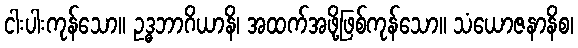
ငါးပါးကုန်သော။ ဥဒ္ဓဘာဂိယာနိ၊ အထက်အဖို့ဖြစ်ကုန်သော။ သံယောဇနာနိစ၊